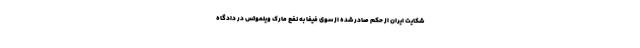
شکایت ایران از حکم صادر شده از سوی فیفا به نفع مارک ویلموتس در دادگاه